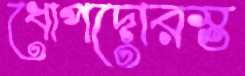
ধোপদোরস্ত